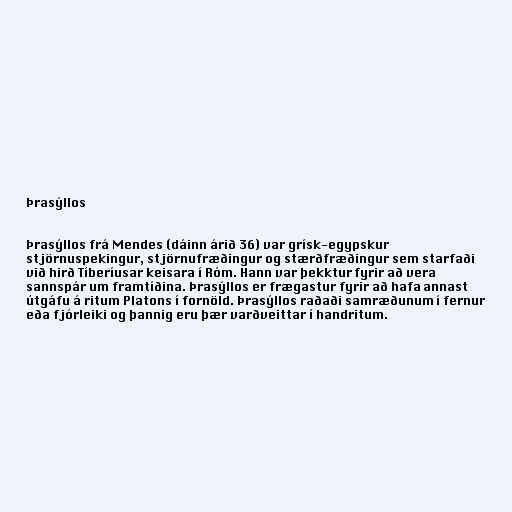
Þrasýllos

Þrasýllos frá Mendes (dáinn árið 36) var grísk-egypskur
stjörnuspekingur, stjörnufræðingur og stærðfræðingur sem starfaði
við hirð Tíberíusar keisara í Róm. Hann var þekktur fyrir að vera
sannspár um framtíðina. Þrasýllos er frægastur fyrir að hafa annast
útgáfu á ritum Platons í fornöld. Þrasýllos raðaði samræðunum í fernur
eða fjórleiki og þannig eru þær varðveittar í handritum.